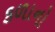
કળાનો